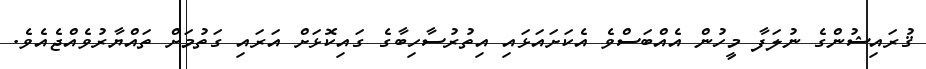
ޤުރައިޝުންގެ ނުލަފާ މީހުން އެއްބަސްވެ އެކަށައަޅައި އިތުރުސާހިބާގެ ގައިކޮޅަށް އަރައި ގަތުމަށް ތައްޔާރުވެއްޖެއެވެ.